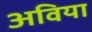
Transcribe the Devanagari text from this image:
अविया